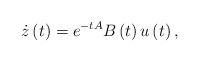
LaTeX: \begin{align*}\dot{z}\left(t\right)=e^{-tA}B\left(t\right)u\left(t\right),\end{align*}